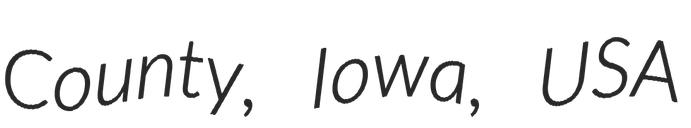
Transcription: County, Iowa, USA